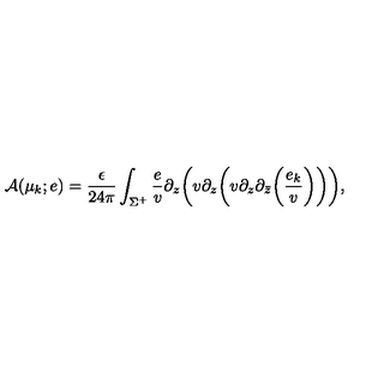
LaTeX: { \cal A } ( \mu _ { k } ; e ) = { \frac { \epsilon } { 2 4 \pi } } \int _ { \Sigma ^ { + } } { \frac { e } { v } } \partial _ { z } \bigg ( v \partial _ { z } \bigg ( v \partial _ { z } \partial _ { \bar { z } } \bigg ( { \frac { e _ { k } } { v } } \bigg ) \bigg ) \bigg ) ,